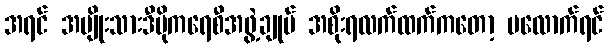
အရင် အမျိုးသားဒီမိုကရေစီအဖွဲ့ချုပ် အစိုးရလက်ထက်ကတော့ မလောက်ရင်